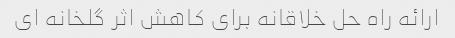
ارائه راه حل خلاقانه برای کاهش اثر گلخانه ای